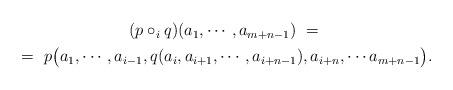
LaTeX: \begin{align*} \begin{gathered} (p\circ_i q)(a_1, \cdots , a_{m+n-1}) \,\,=\,\, \\ =\,\, p\bigl( a_1, \cdots, a_{i-1}, q(a_i, a_{i+1}, \cdots, a_{i+n-1}), a_{i+n}, \cdots a_{m+n-1}\bigr). \end{gathered} \end{align*}